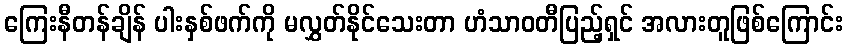
ကြေးနီတန်ချိန် ပါးနှစ်ဖက်ကို မလွှတ်နိုင်သေးတာ ဟံသာဝတီပြည့်ရှင် အလားတူဖြစ်ကြောင်း